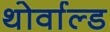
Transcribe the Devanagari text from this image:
थोर्वाल्ड